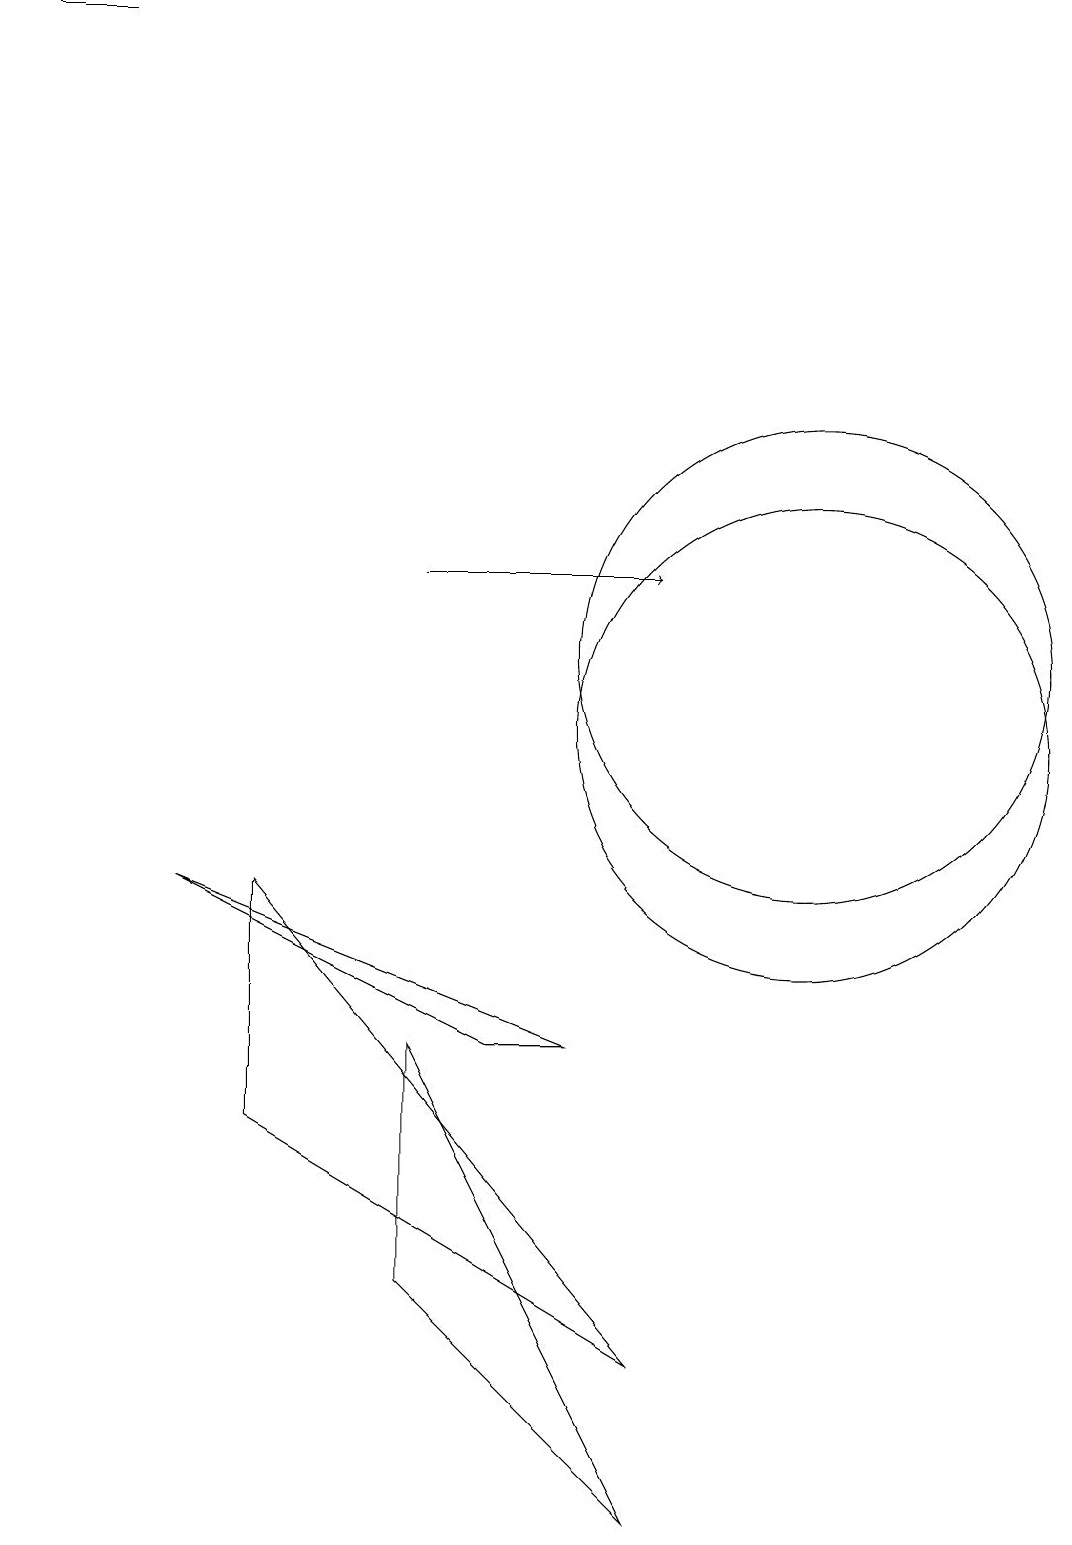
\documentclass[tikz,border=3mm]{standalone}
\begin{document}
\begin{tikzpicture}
\draw (1,19) rectangle (2,19);
\draw[->] (6,12) -- (9,12);
\draw (12,10) circle (0);
\draw (11,10) circle (3);
\draw (4,5) -- (9,2) -- (4,8) -- cycle;
\draw (6,3) -- (6,6) -- (9,0) -- cycle;
\draw (8,6) -- (3,8) -- (7,6) -- cycle;
\draw (11,11) circle (3);
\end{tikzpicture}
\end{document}